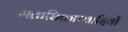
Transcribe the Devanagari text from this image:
मताधिकारवादियों